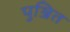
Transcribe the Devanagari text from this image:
पुञ्जित